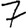
Digit: 7